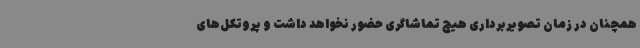
همچنان در زمان تصویربرداری هیچ تماشاگری حضور نخواهد داشت و پروتکل‌های